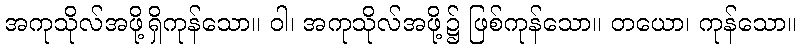
အကုသိုလ်အဖို့ရှိကုန်သော။ ဝါ၊ အကုသိုလ်အဖို့၌ ဖြစ်ကုန်သော။ တယော၊ ကုန်သော။